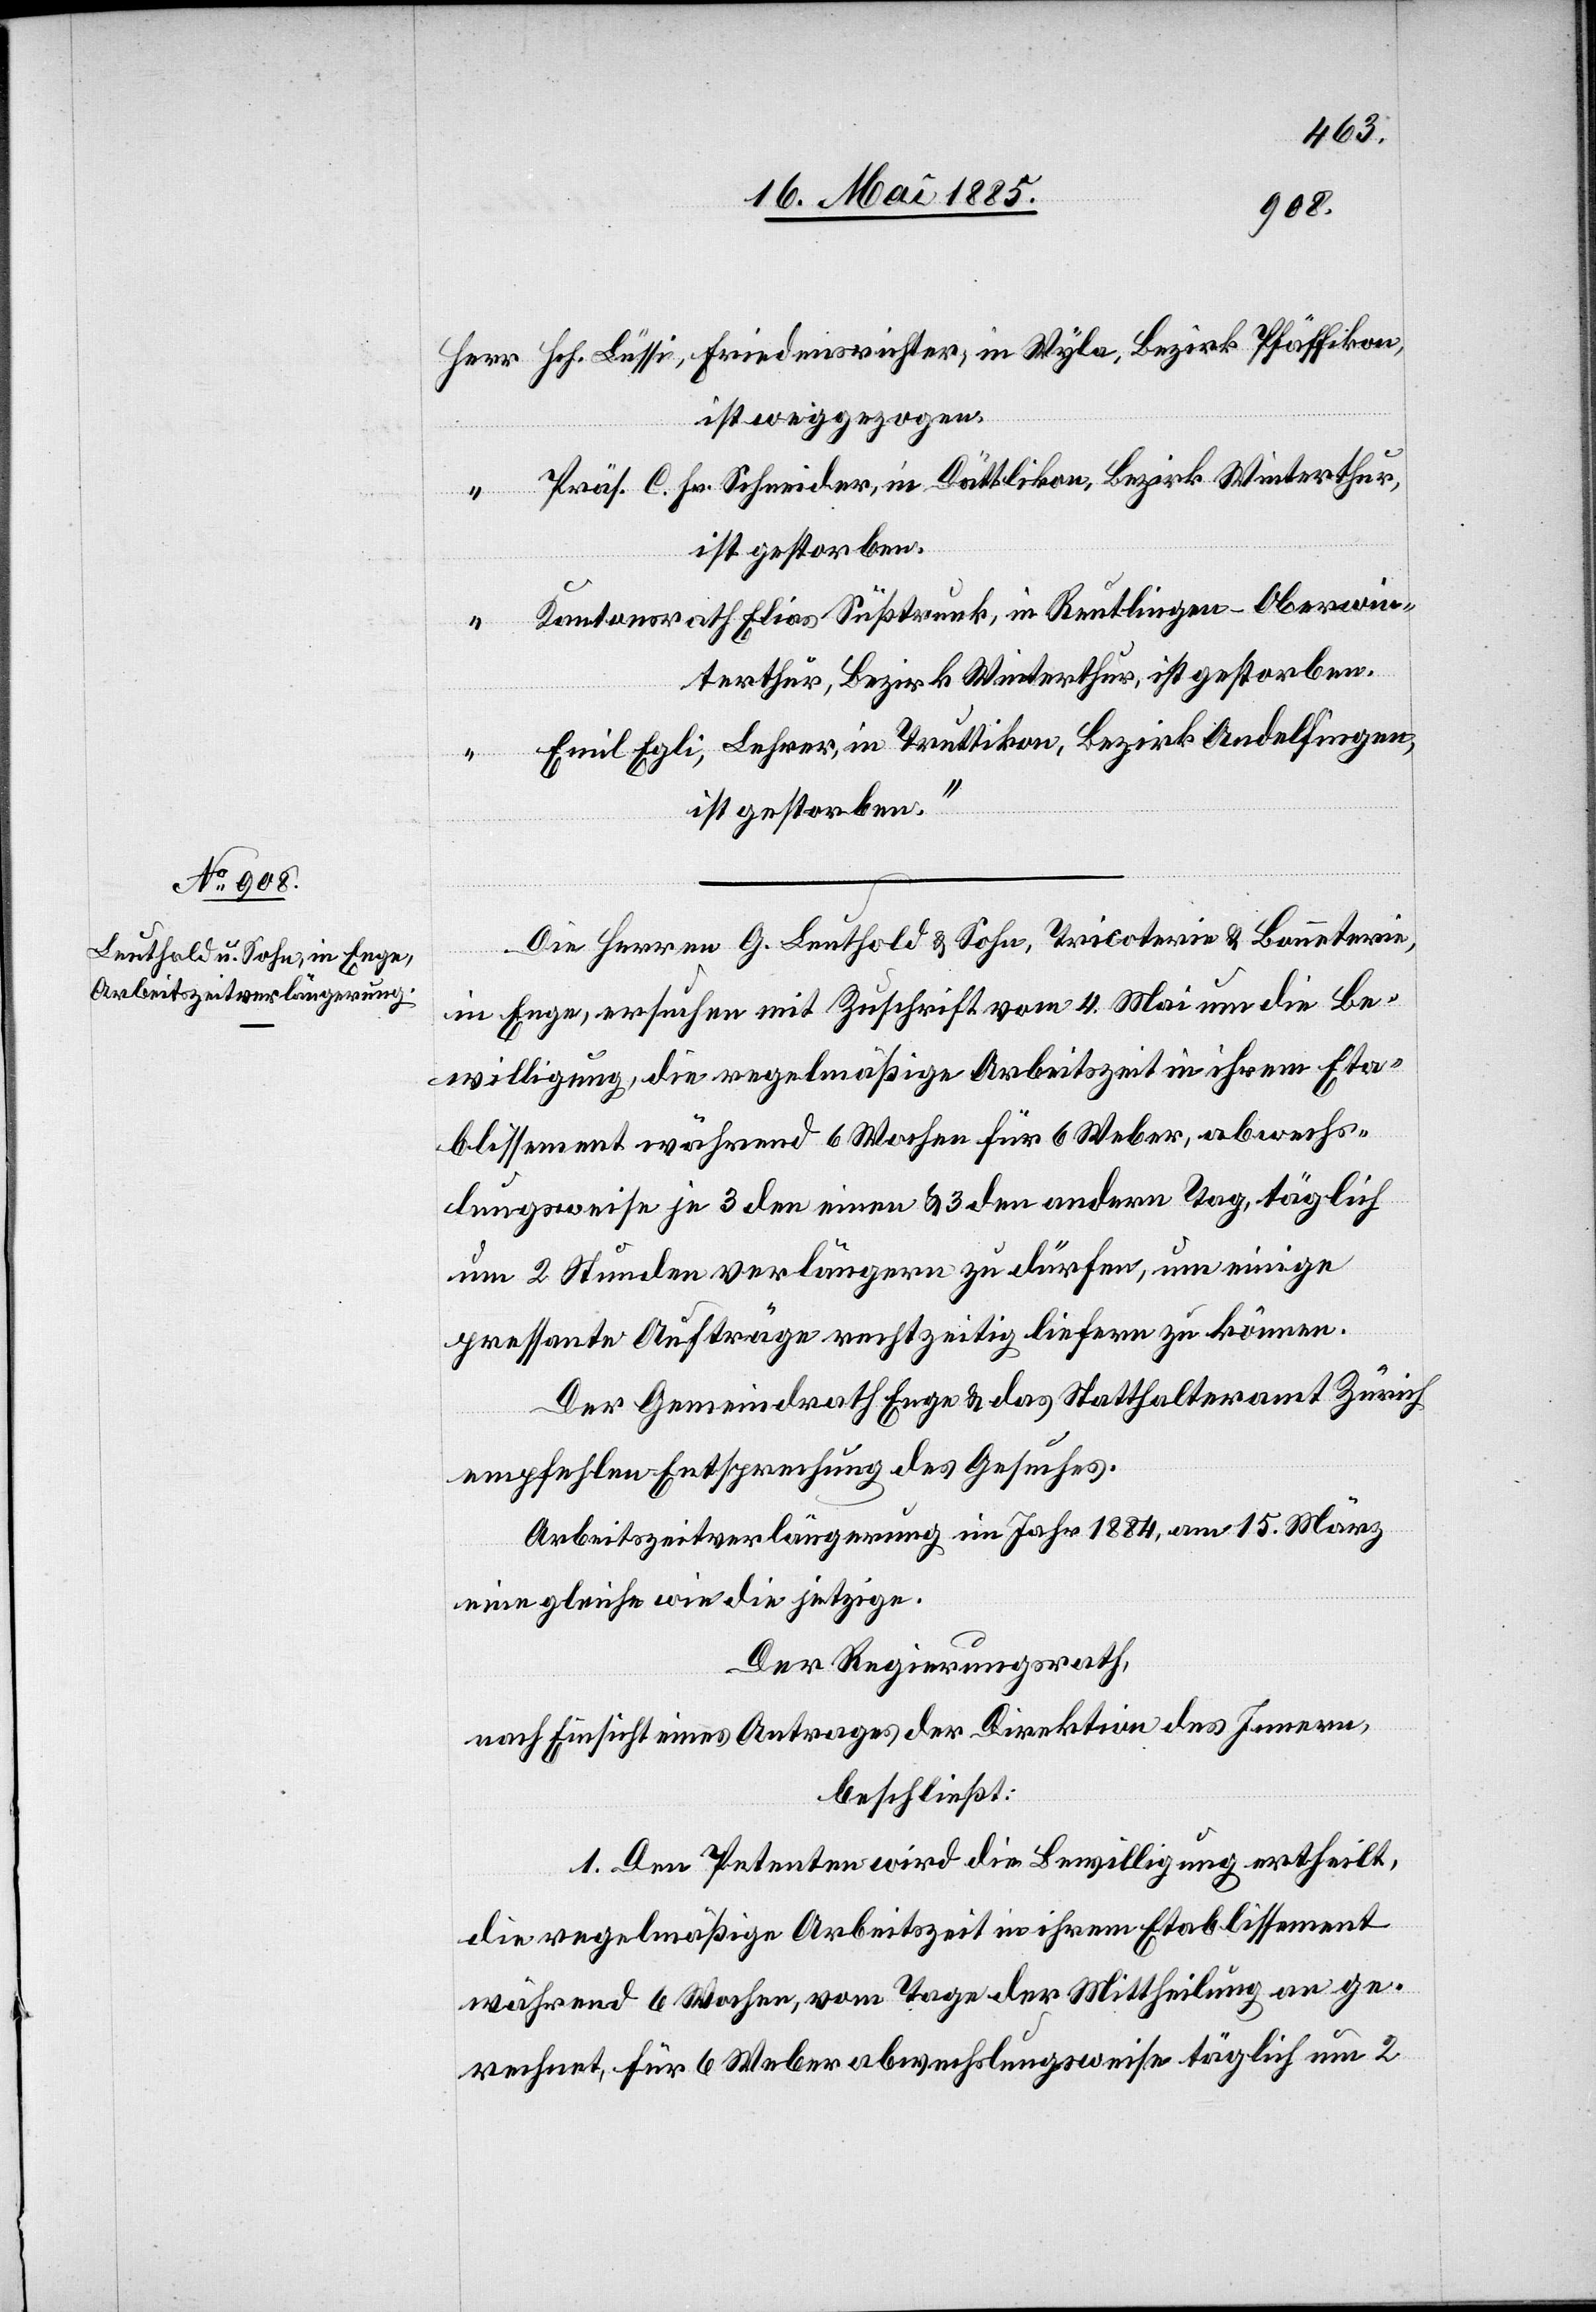
Hch. Lüssi, Friedensrichter, in Wyla, Bezirk Pfäffikon,
ist weggezogen.
Präs. C. Fr. Schneider, in Dättlikon, Bezirk Winterthur,
ist gestorben.
Kantonsrath Elias Süßtrunk, in Reutlingen - Oberwin¬
terthur, Bezirk Winterthur, ist gestorben.
Emil Egli, Lehrer, in Truttikon, Bezirk Andelfingen,
ist gestorben.“
Die Herren G. Leuthold & Sohn, Tricoterie & Bonneterie,
in Enge, ersuchen mit Zuschrift vom 4. Mai um die Be¬
willigung, die regelmäßige Arbeitszeit in ihrem Eta¬
blissement während 6 Wochen für 6 Weber, abwechs¬
lungsweise je 3 den einen & 3 den andern Tag, täglich
um 2 Stunden verlängern zu dürfen, um einige
pressante Aufträge rechtzeitig liefern zu können.
Der Gemeindrath Enge & das Statthalteramt Zürich
empfehlen Entsprechung des Gesuches.
Arbeitszeitverlängerung im Jahr 1884, 15. März
eine gleiche wie die jetzige.
Der Regierungsrath,
nach Einsicht eines Antrages der Direktion des Innern,
beschließt:
1. Den Petenten wird die Bewilligung ertheilt,
die regelmäßige Arbeitszeit in ihrem Etablissement
während 6 Wochen, vom Tage der Mittheilung an ge¬
rechnet, für 6 Weber abwechslungsweise täglich um 2